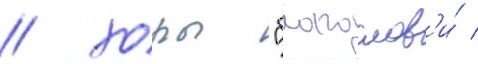
/ хоры "благослов'и́ /